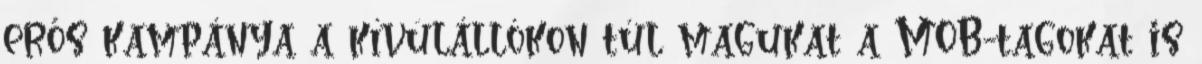
erős kampánya a kívülállókon túl magukat a MOB-tagokat is